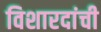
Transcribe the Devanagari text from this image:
विशारदांची